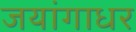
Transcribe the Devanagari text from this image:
जयांगाधर